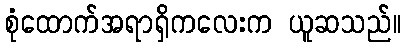
စုံထောက်အရာရှိကလေးက ယူဆသည်။